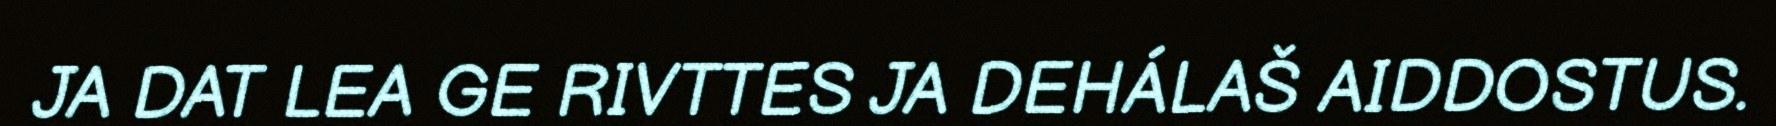
JA DAT LEA GE RIVTTES JA DEHÁLAŠ AIDDOSTUS.